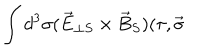
\int d ^ { 3 } \sigma ( \vec { E } _ { \perp S } \times \vec { B } _ { S } ) ( \tau , \vec { \sigma }